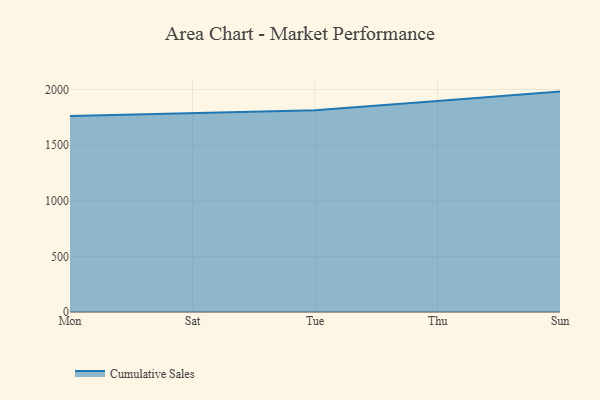
{"axis": {"x": "Day", "y": "Bounce Rate (%)"}, "legend": ["Cumulative Sales"], "data": [{"x": "Mon", "y": 1761.5, "type": "Cumulative Sales"}, {"x": "Sat", "y": 1789.6, "type": "Cumulative Sales"}, {"x": "Tue", "y": 1813.3, "type": "Cumulative Sales"}, {"x": "Thu", "y": 1897.3, "type": "Cumulative Sales"}, {"x": "Sun", "y": 1981.0, "type": "Cumulative Sales"}]}